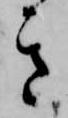
き